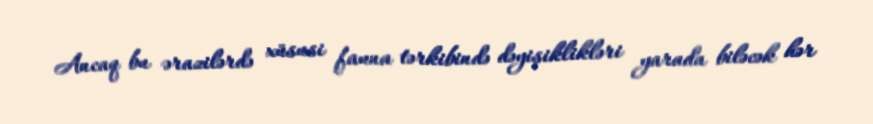
Ancaq bu ərazilərdə xüsusi fauna tərkibində dəyişiklikləri yarada biləcək hər